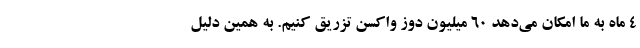
۴ ماه به ما امکان می‌دهد ۶۰ میلیون دوز واکسن تزریق کنیم. به همین دلیل